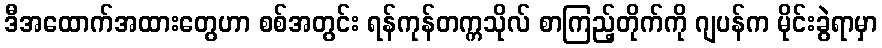
ဒီအထောက်အထားတွေဟာ စစ်အတွင်း ရန်ကုန်တက္ကသိုလ် စာကြည့်တိုက်ကို ဂျပန်က မိုင်းခွဲရာမှာ